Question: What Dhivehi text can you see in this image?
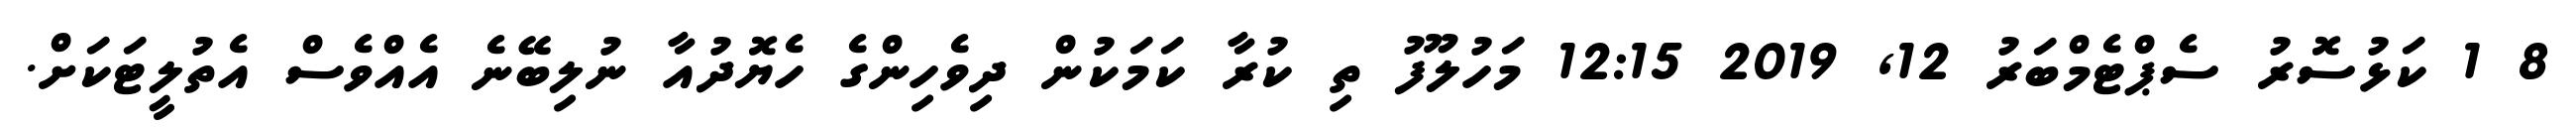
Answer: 8 1 ކަޅުސޮރު ސެޕްޓެމްބަރު 12, 2019 12:15 މަހުލޫފު ތި ކުރާ ކަމަކުން ދިވެހިންގެ ހެޔޮދުއާ ނުލިބޭނެ އެއްވެސް އެތުލީޓަކަށް.